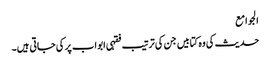
الجوامع
حدیث کی وہ کتابیں جن کی ترتیب فقہی ابواب پر کی جاتی ہیں۔